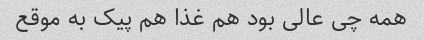
همه چی عالی بود هم غذا هم پیک به موقع